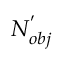
N _ { o b j } ^ { ' }